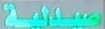
صیدلیة